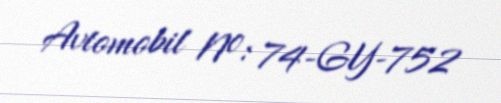
Avtomobil №: 74-GY-752